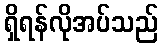
ရှိရန်လိုအပ်သည်